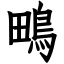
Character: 鴫